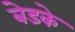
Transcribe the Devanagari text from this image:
बेडके